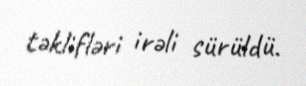
təklifləri irəli sürüldü.